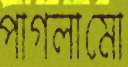
পাগলামো